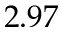
2 . 9 7